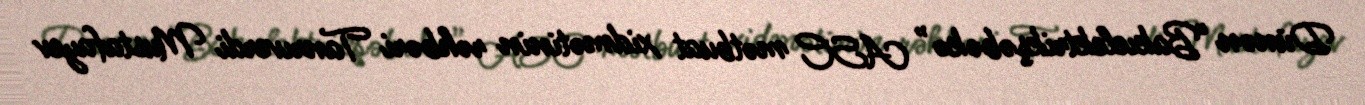
Dünən “Bakıelektrikşəbəkə” ASC mətbuat xidmətinin rəhbəri Tanrıverdi Mustafayev